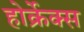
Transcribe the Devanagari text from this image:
होर्क्रेक्स